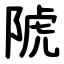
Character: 䖎